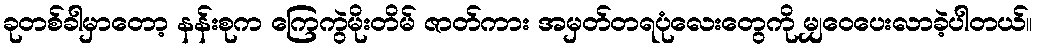
ခုတစ်ခါမှာတော့ နန်းစုက ကြေကွဲမိုးတိမ် ဇာတ်ကား အမှတ်တရပုံလေးတွေကို မျှဝေပေးလာခဲ့ပါတယ်။